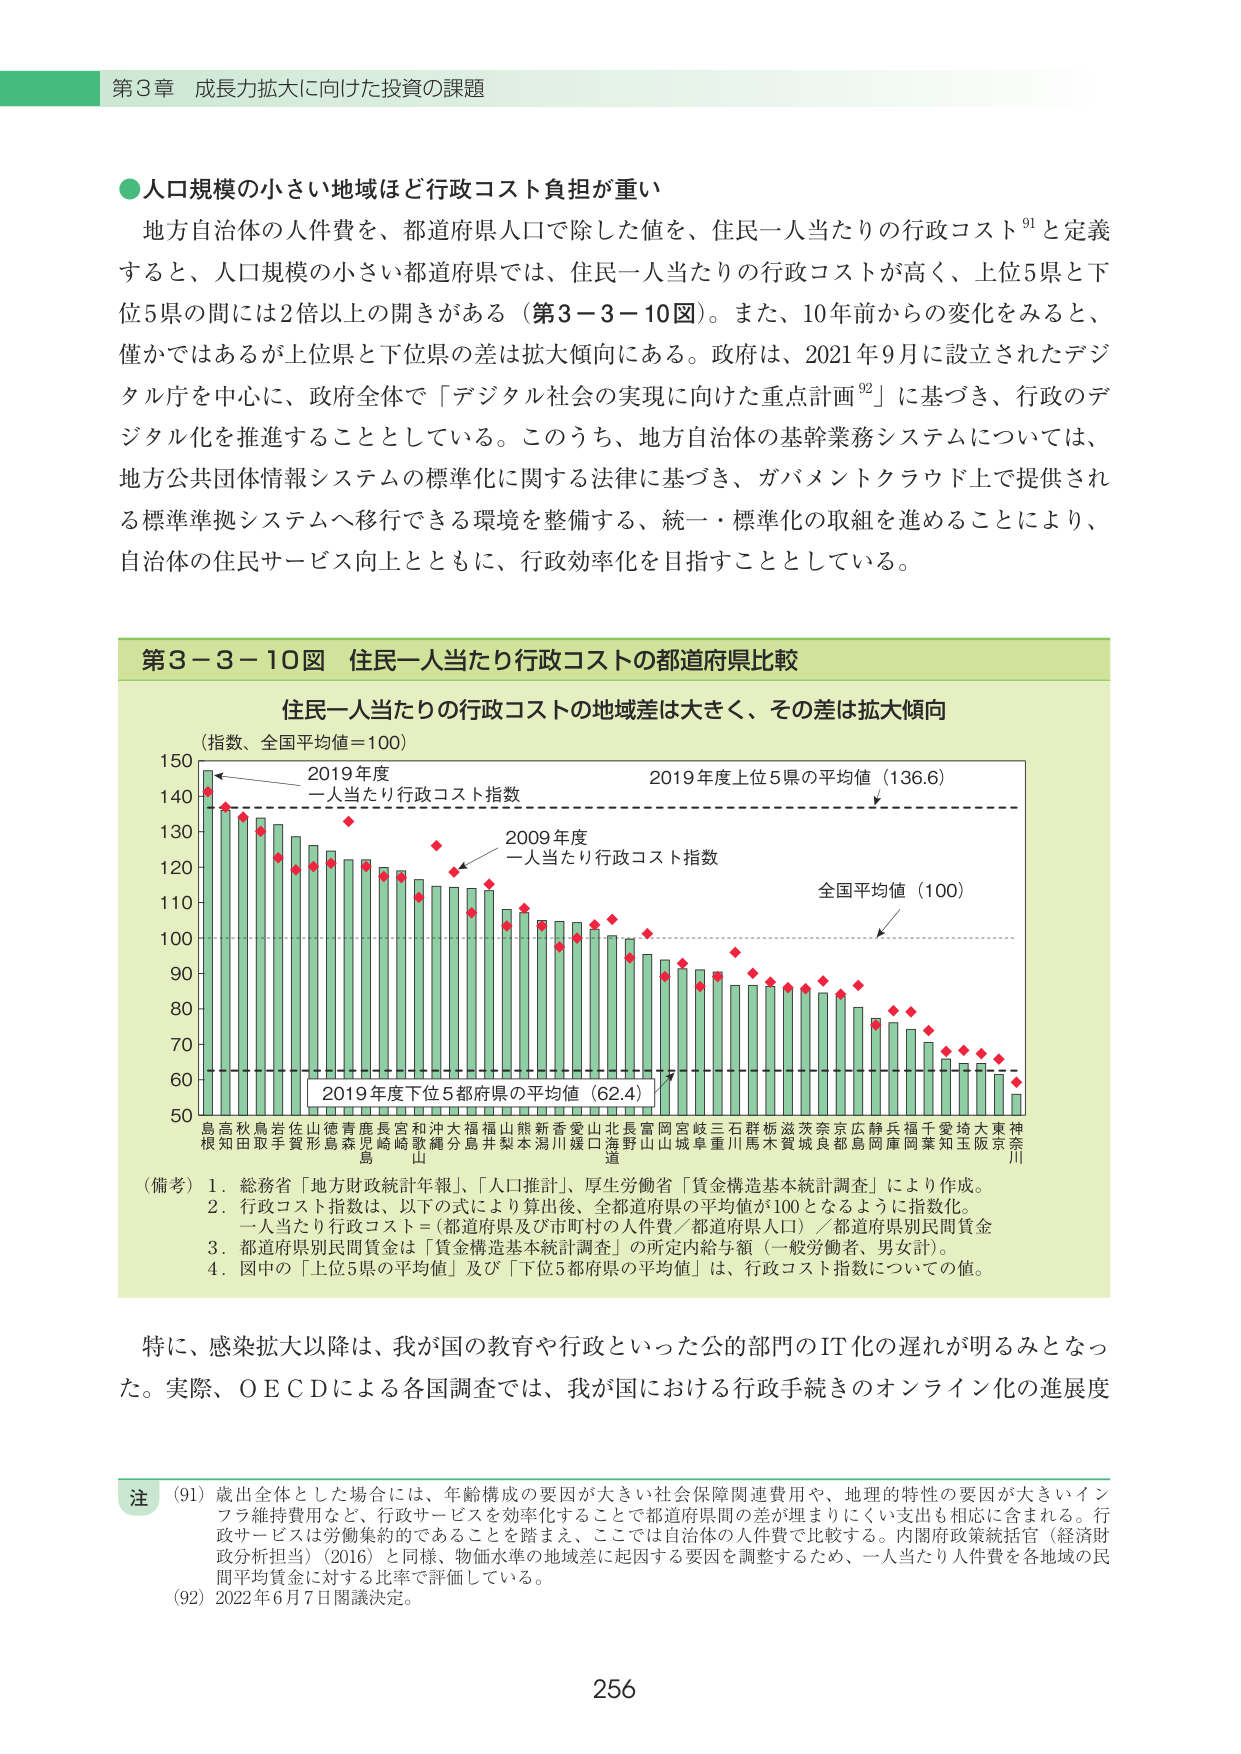
第3章 成長力拡大に向けた投資の課題

●人口規模の小さい地域ほど行政コスト負担が重い
地方自治体の人件費を、都道府県人口で除した値を、住民一人当たりの行政コスト⁹¹と定義すると、人口規模の小さい都道府県では、住民一人当たりの行政コストが高く、上位5県と下位5県の間には2倍以上の開きがある（第3－3－10図）。また、10年前からの変化をみると、僅かではあるが上位県と下位県の差は拡大傾向にある。政府は、2021年9月に設立されたデジタル庁を中心に、政府全体で「デジタル社会の実現に向けた重点計画⁹²」に基づき、行政のデジタル化を推進することとしている。このうち、地方自治体の基幹業務システムについては、地方公共団体情報システムの標準化に関する法律に基づき、ガバメントクラウド上で提供される標準準拠システムへ移行できる環境を整備する、統一・標準化の取組を進めることにより、自治体の住民サービス向上とともに、行政効率化を目指すこととしている。

第3－3－10図 住民一人当たり行政コストの都道府県比較
住民一人当たりの行政コストの地域差は大きく、その差は拡大傾向
（指数、全国平均値＝100）
2019年度
一人当たり行政コスト指数
2009年度
一人当たり行政コスト指数
全国平均値（100）
2019年度上位5県の平均値（136.6）
2019年度下位5都府県の平均値（62.4）
島根 高知 秋田 岩手 佐賀 山形 徳島 青森 鹿児島 長崎 宮崎 和歌山 沖縄 大分 福島 山梨 熊本 新潟 香川 愛媛 山口 海野 北海道 長野 富山 岡山 宮城 三重 石川 群馬 滋賀 茨城 奈良 京都 広島 静岡 兵庫 福井 愛知 埼玉 大阪 東京 神奈川
（備考）1．総務省「地方財政統計年報」、「人口推計」、厚生労働省「賃金構造基本統計調査」により作成。
2．行政コスト指数は、以下の式により算出後、全都道府県の平均値が100となるように指数化。
一人当たり行政コスト＝（都道府県及び市町村の人件費／都道府県人口）／都道府県別民間賃金
3．都道府県別民間賃金は「賃金構造基本統計調査」の所定内給与額（一般労働者、男女計）。
4．図中の「上位5県の平均値」及び「下位5都府県の平均値」は、行政コスト指数についての値。

特に、感染拡大以降は、我が国の教育や行政といった公的部門のIT化の遅れが明るみとなった。実際、ＯＥＣＤによる各国調査では、我が国における行政手続きのオンライン化の進展度

注
（91）歳出全体とした場合には、年齢構成の要因が大きい社会保障関連費用や、地理的特性の要因が大きいインフラ維持費用など、行政サービスを効率化することで都道府県間の差が埋まりにくい支出も相応に含まれる。行政サービスは労働集約的であることを踏まえ、ここでは自治体の人件費で比較する。内閣府政策統括官（経済財政分析担当）（2016）と同様、物価水準の地域差に起因する要因を調整するため、一人当たり人件費を各地域の民間平均賃金に対する比率で評価している。
（92）2022年6月7日閣議決定。

256